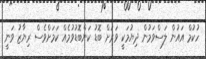
ހުކުމް އައުން ލަސްވަމުން ދިޔުމަކީ ވަރަށް ބޮޑު ކަންބޮޑުވުމެއް ކަމަށްވެސް ރިޔާޒު ވަނީ